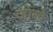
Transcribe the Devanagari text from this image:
जोखे